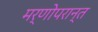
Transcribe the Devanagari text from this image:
मर्णोपरान्त